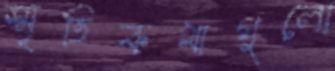
স্মৃতিকথাগুলো